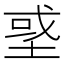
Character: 𡌳